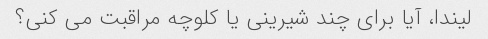
لیندا، آیا برای چند شیرینی یا کلوچه مراقبت می کنی؟